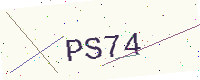
Text: PS74